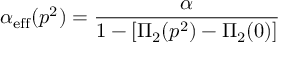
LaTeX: \alpha _ { \mathrm { e f f } } ( p ^ { 2 } ) = { \frac { \alpha } { 1 - [ \Pi _ { 2 } ( p ^ { 2 } ) - \Pi _ { 2 } ( 0 ) ] } }